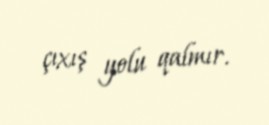
çıxış yolu qalmır.